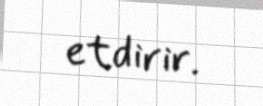
etdirir.